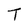
Character: T